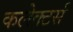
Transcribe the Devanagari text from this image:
कलेक्‍टर्स